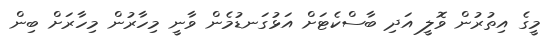
މީގެ އިތުރުން ވޮލީ އަދި ބާސްކެޓަށް އަޅުގަނޑުމެން ވާނީ މިހާރުން މިހާރަށް ބިން